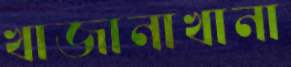
খাজানাখানা